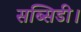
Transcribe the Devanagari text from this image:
सब्सिडी।